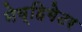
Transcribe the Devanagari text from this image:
नेव्हिगेटर